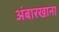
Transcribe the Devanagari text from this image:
अंबारखाना